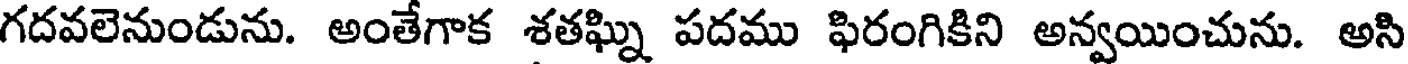
గదవలెనుండును. అంతేగాక శతఘ్ని పదము ఫిరంగికిని అన్వయించును. అసి